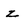
Character: z